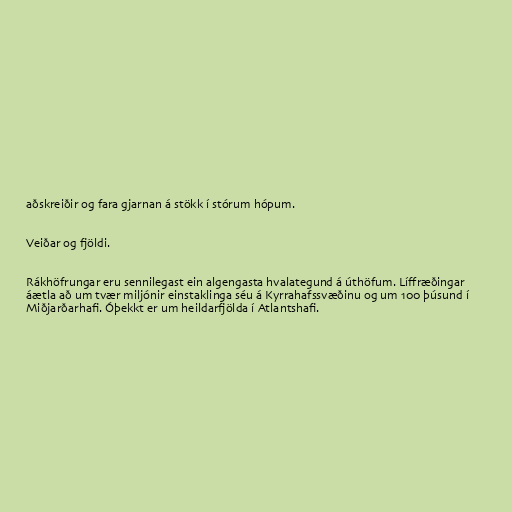
aðskreiðir og fara gjarnan á stökk í stórum hópum.

Veiðar og fjöldi.

Rákhöfrungar eru sennilegast ein algengasta hvalategund á úthöfum. Líffræðingar
áætla að um tvær miljónir einstaklinga séu á Kyrrahafssvæðinu og um 100 þúsund í
Miðjarðarhafi. Óþekkt er um heildarfjölda í Atlantshafi.